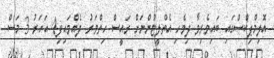
އޮލިމްޕިކްސްގައި ބައިވެރިވާ ދިވެހި އެތްލީޓުންނަށް ރައީސް ހިތްވަރު ދެއްވައިފި4 އަހަރު 3 މަސް